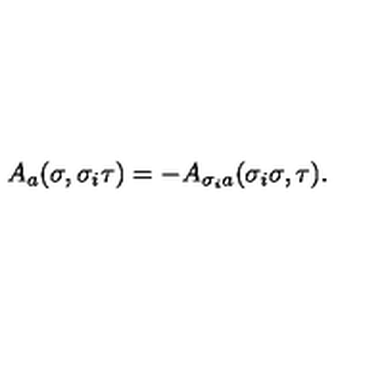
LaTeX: A _ { a } ( \sigma , \sigma _ { i } \tau ) = - A _ { \sigma _ { i } a } ( \sigma _ { i } \sigma , \tau ) .